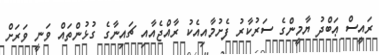
ރައީސް ޢަބްދު ޔާމީންގެ ސަރުކާރު ފެށުމާއިއެކު ރާއްޖެއާއި ޗައިނާގެ ގުޅުންތައް ވަނީ ވަރަށް